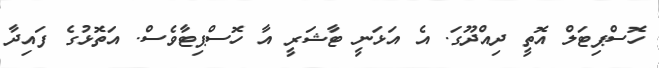
ހޮސްޕިޓަލް އޮތީ ދިއްދޫގަ. އެ އަޅަނީ ޓާޝަރީ އާ ހޮސްޕިޓާވެސް. އަތޮޅުގެ ފައިދާ